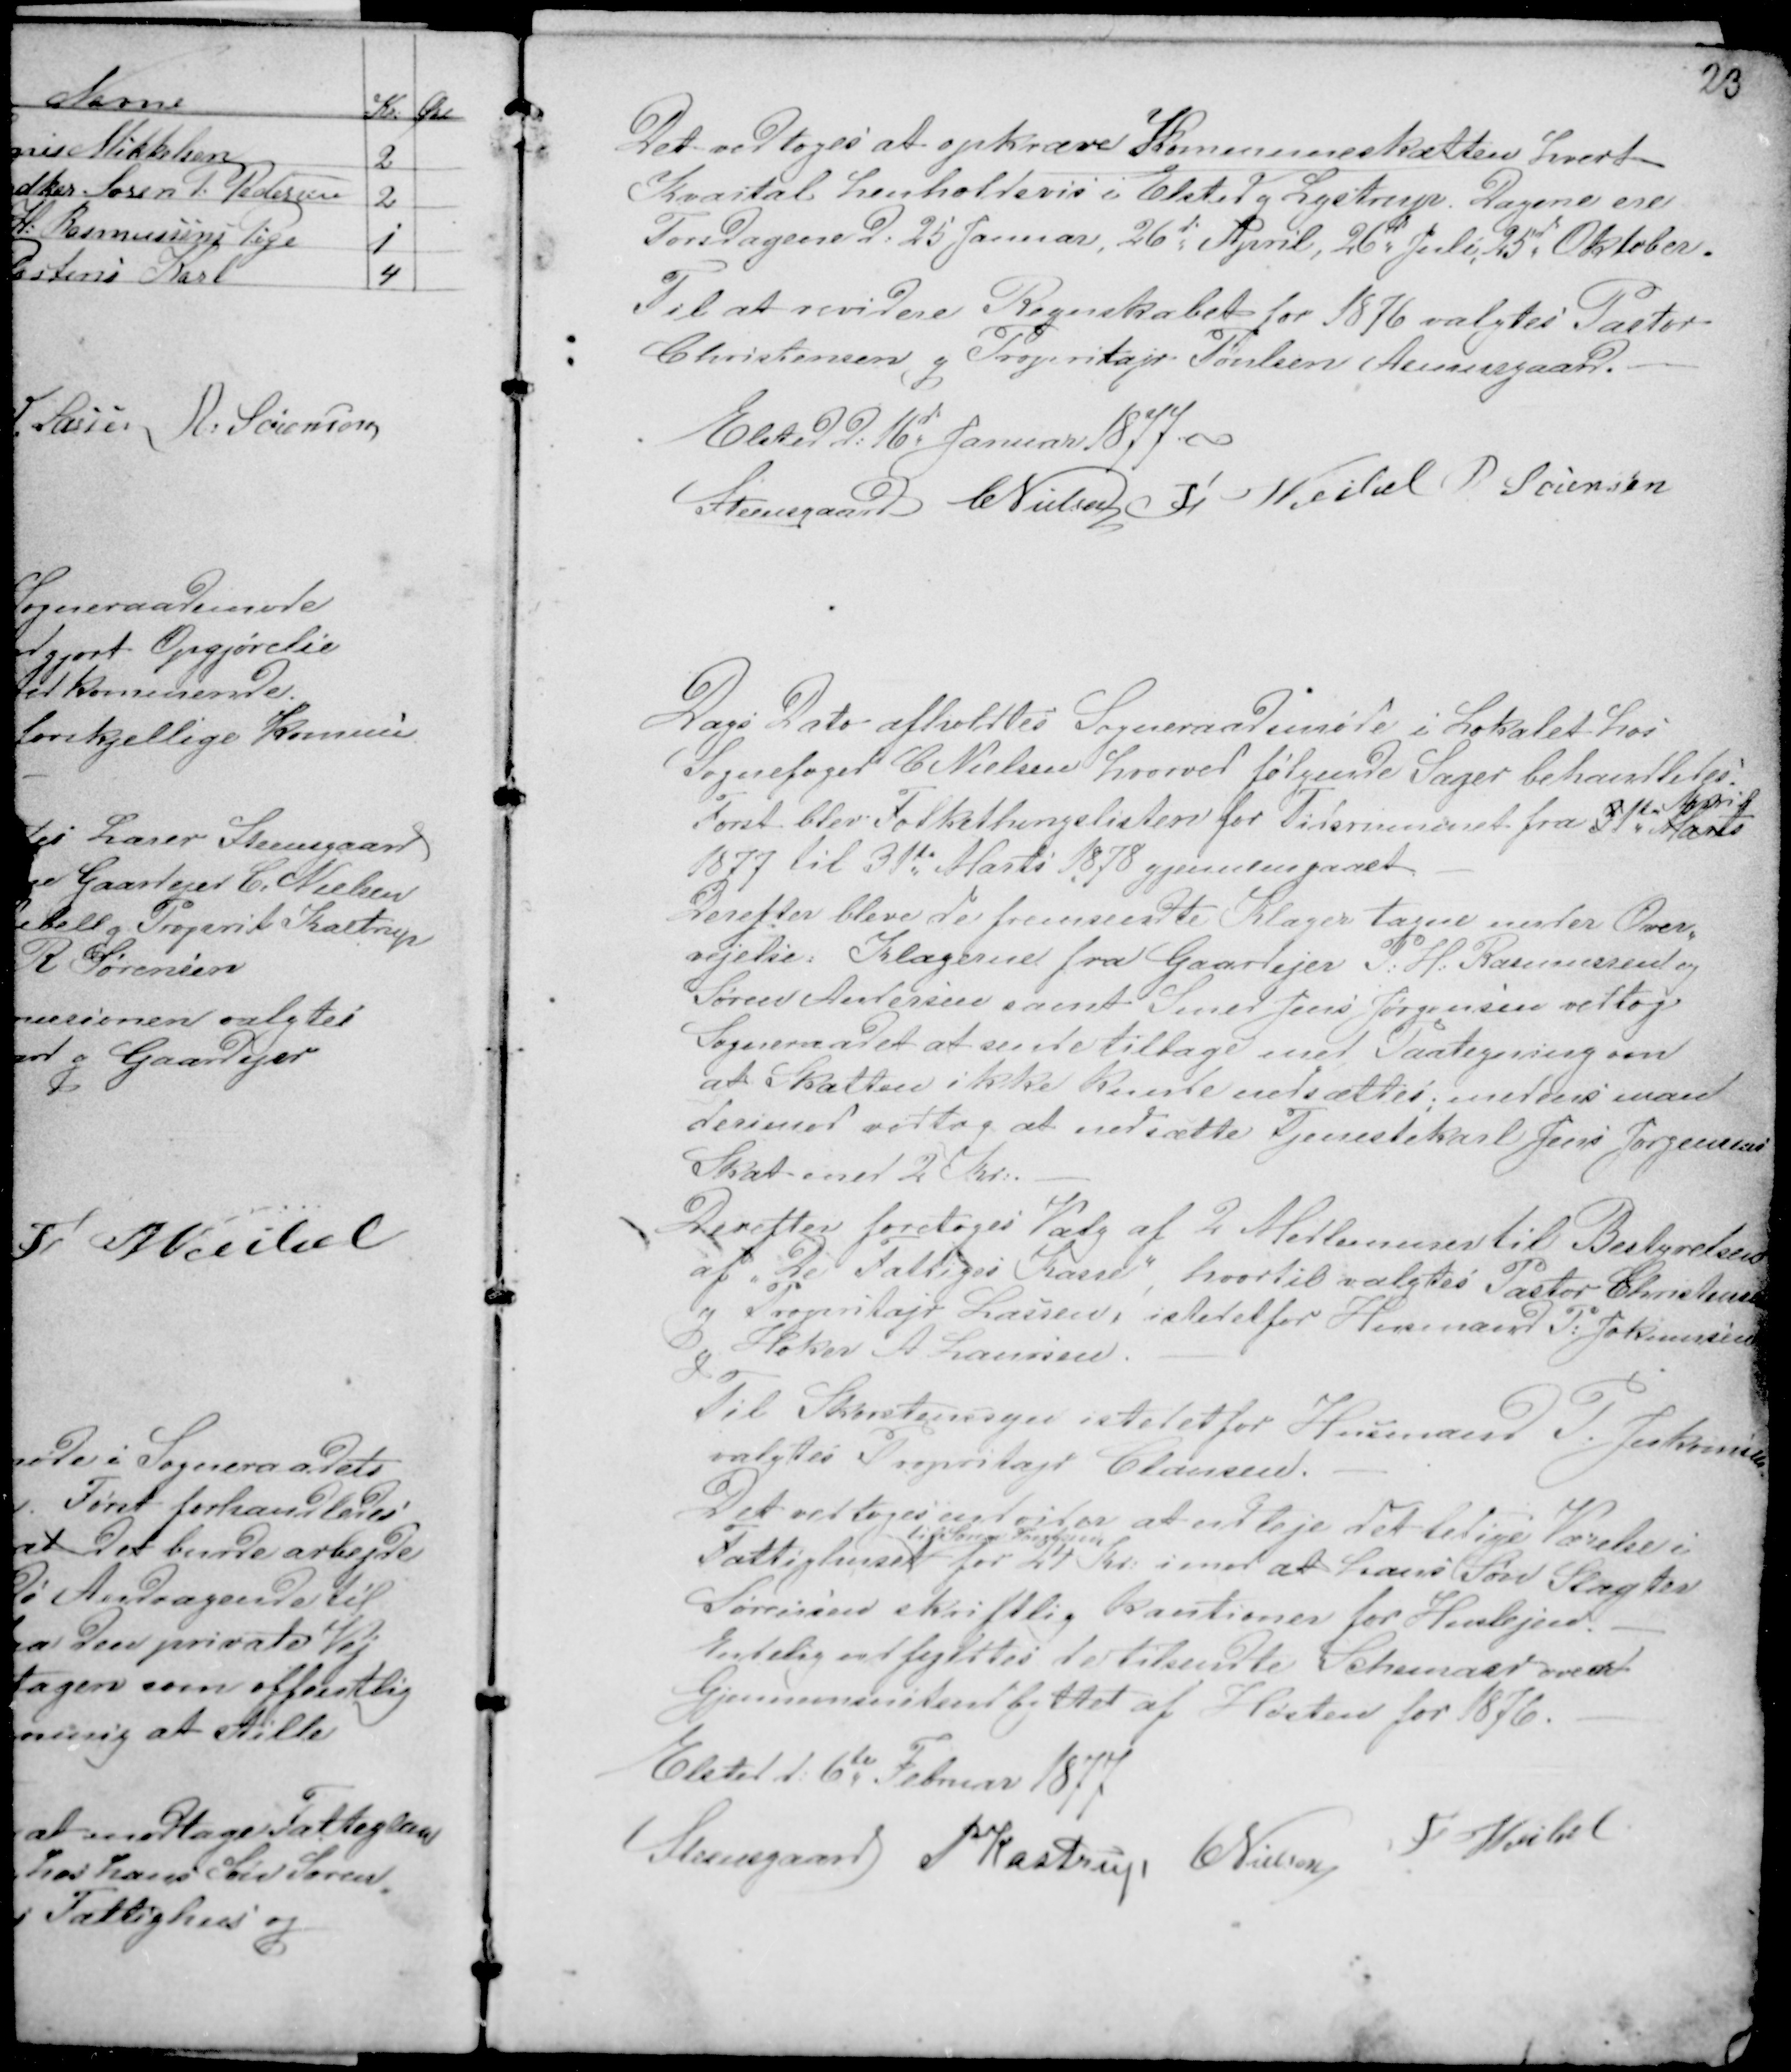
Transskription:
23

Det vedtoges at opkræve Kommuneskatten hvert
Kvartal henholdsvis i Elsted g Lystrup. Dagene ere
Torsdagene D: 25 Januar, 26d April, 26d Juli, 25d Oktober.
Til at revidere Regnskabet for 1876 valgtes Pastor
Christensen g Propritajn Poulsen Asmusgaard. -
Elsted d: 16d Januar 1877 -
Steensgaard CNielsen Fr Veibel R Sørensen

Dags Dato afholdtes Sogneraadsmøde i Lokalet hos
Sognefoged C Nielsen hvorved følgende Sager behandledes.
Først blev Folkethingslisten for Tidsrummet fra 31te Marts
April
1877 til 31te Marts 1878 gjennemgaaet. -
Derefter bleve de fremsendte Klager tagne under Over-
vejelse: Klagerne fra Gaardejer P: H. Rasmussen og
Søren Andersen samt Smed Jens Jørgensen vedtog
Sogneraadet at sende tilbage med Paategning om
at Skatten ikke kunde nedsættes; medens man
derimod vedtog at nedsætte Tjenestekarl Jens Jørgensens
Skat med 2 Kr: -
Derefter foretoges Valg af 2 Medlemmer til Bestyrelsen
af "De Fattiges Kasse", hvortil valgtes Pastor Christensen
g Propritajr Lassen, istedetfor Husmand P: Jokumsen
g Høker A Laursen. -
Til Skorstenssyn istedetfor Husmand P. Jukomsen
valgtes Propritajr Clausen. -
Det vedtoges endvidere at udleje det ledige Værelse i
Fattighuset
til Søren Pouglsen
for 24 Kr: imod at hans Søn Slagter
Sørensen skriftlig kautioner for Huslejen. -
Endelig udfyldtes de tilsendte Schemaer ovent
Gjennemsnitsudbyttet af Høsten for 1876. -
Elsted d: 6te Februar 1877
Steensgaard PKastrup CNielsen
F Veibel